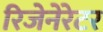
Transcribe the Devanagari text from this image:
रिजेनेरेटर